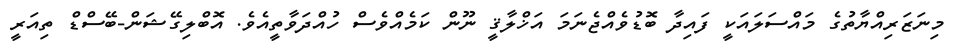
މިނަޒަރިއްޔާތުގެ މައްސަލައަކީ ފައިދާ ބޮޑުވެއްޖެނަމަ އަޚްލާޤީ ނޫން ކަމެއްވެސް ހުއްދަވާތީއެވެ. އޮބްލިގޭޝަން-ބޭސްޑް ތިއަރީ